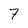
Character: 7